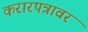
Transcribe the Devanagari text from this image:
करारपत्रावर